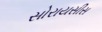
સોરાયસીસ